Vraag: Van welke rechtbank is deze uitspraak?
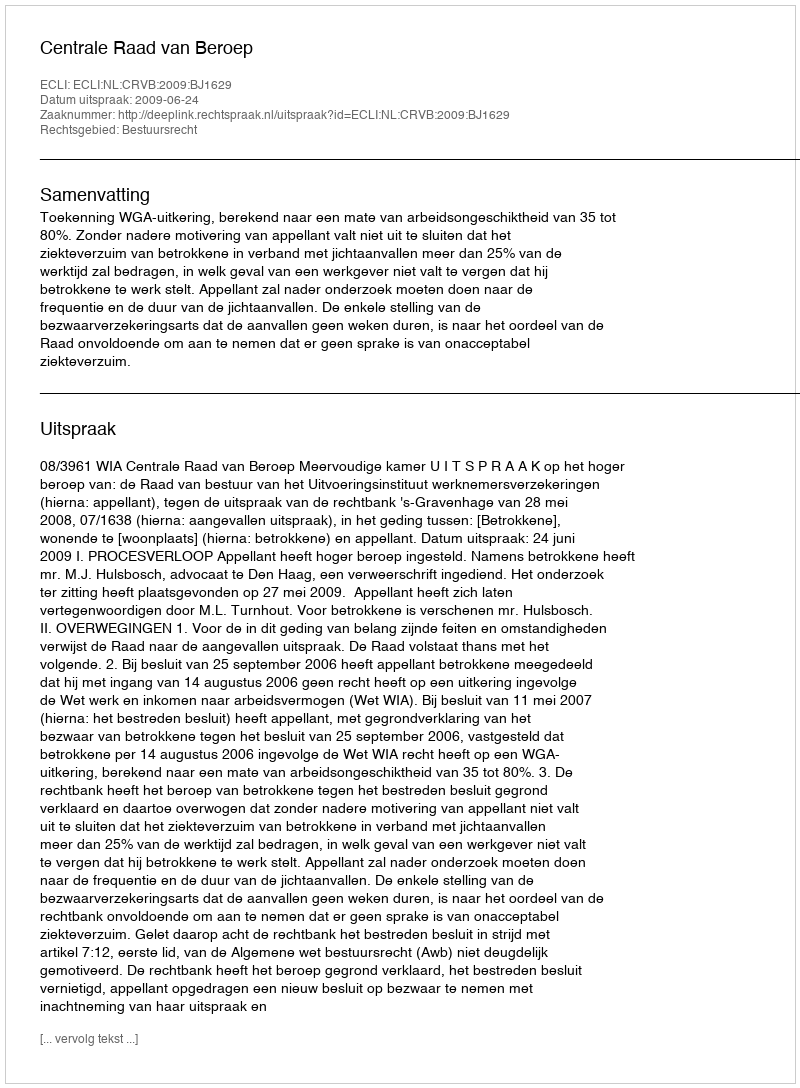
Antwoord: Centrale Raad van Beroep